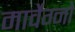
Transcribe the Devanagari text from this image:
मार्वेग्नो